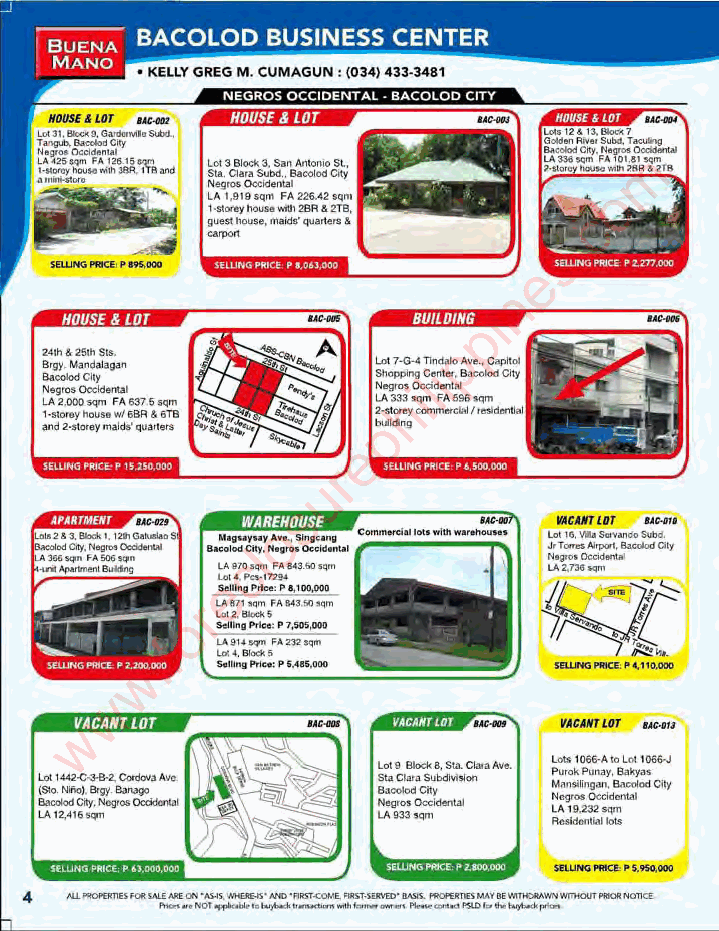
m
 o
 c
 .
 s
 e
 n
 i
 p
 p
 i
 l
 i h
 p
 e
 r
 u
 s
 o
 l
 c e
 r
 o
 f
 .
 w
 w
 w
 ~
 -
 -
 - -
 ~:
 I~H
 I
 .
 I'!'
 i!elhl
 .
 .6,
 Hh
 :!
 liq
 r
 I
 1!IU
 '! H.
 .
 !
 ~.i!
 !i
 .
 4;
 :
 :i
 !3~
 iI
 ~~ ,
 !~
 l1
 l
 il•
 l,
 ;,j
 ;,i
 -
 i~j
 i
 .'
 i
 Ii!
 !jl
 iii
 '•J
 I
 '!ljl
 .
 t,
 il
 I! I!:
 E~
 :'
 ":
 :.
 ~.
 lll."1.i
 -
 ,!
 i ;oi~e!I
 I
 II I'
 dB
 i~;
 I
 J
 !'
 3~OIJ:5 ".i~d i
 I'i !
 I.
 II
 n
 !
 i.
 . ".
 1
 Ii
 ;hl~
 ~('
 I
 . ~:!
 J
 , h! fl[
 !I
 •il <: >!
 i -~ ". l 1 . ( t~
 1 h' . ..I
 I
 i
 ~I!
 "
 i
 I
 1
 -'I
 !
 I
 ;
 ,
 J~,!
 j
 I Ii
 I